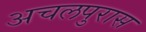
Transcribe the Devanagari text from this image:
अचलपुरास